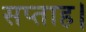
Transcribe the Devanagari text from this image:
सप्ताह।